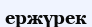
ержүрек